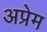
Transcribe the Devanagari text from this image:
अप्रेम